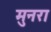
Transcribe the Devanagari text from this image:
मुनरा